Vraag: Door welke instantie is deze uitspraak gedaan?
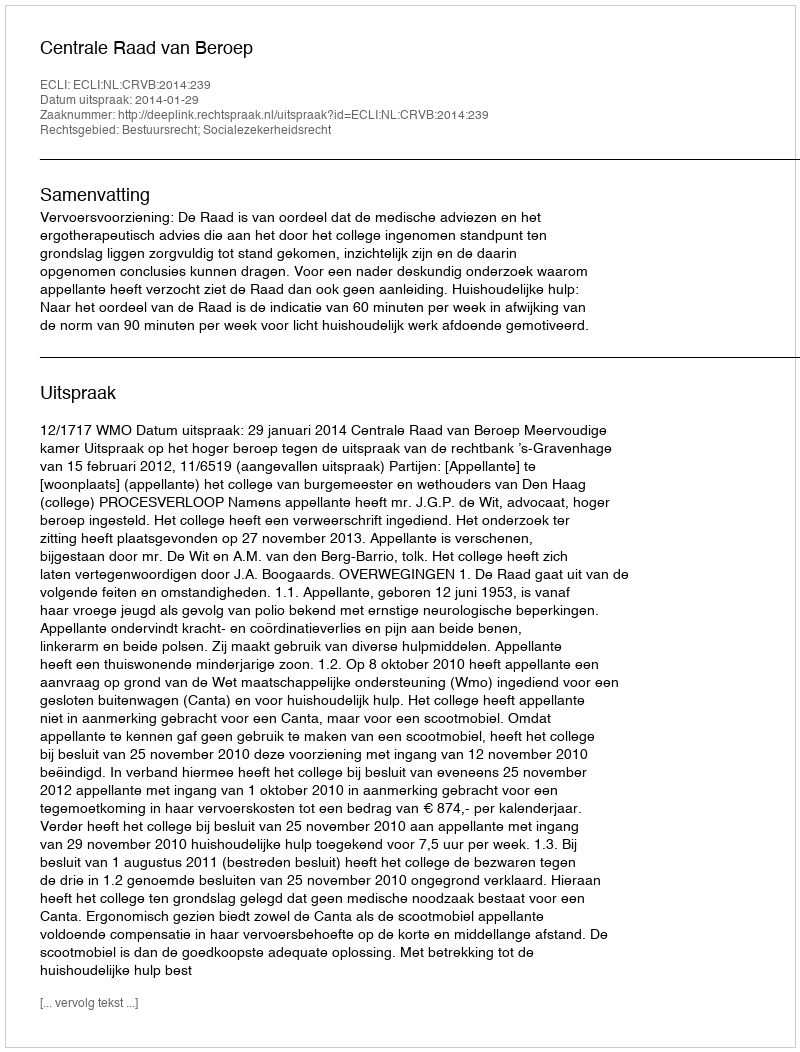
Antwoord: Centrale Raad van Beroep